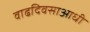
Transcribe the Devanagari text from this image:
वाढदिवसाआधी